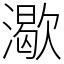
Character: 㵣